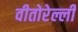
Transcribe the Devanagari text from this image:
वीतोरेल्ली